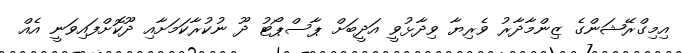
އިމިގްރޭޝަންގެ ޒިންމާދާރު ވެރިޔާ ވިދާޅުވީ އަދީބަށް ޕާސްޕޯޓު ދޫ ނުކުރާކަމަށާއި ދޫކޮށްފައިވަނީ އެއް